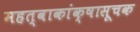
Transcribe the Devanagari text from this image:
महत्वाकांक्षासूचक